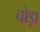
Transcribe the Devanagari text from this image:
चोड़ा